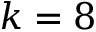
k = 8